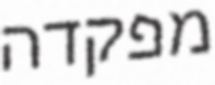
מפקדה